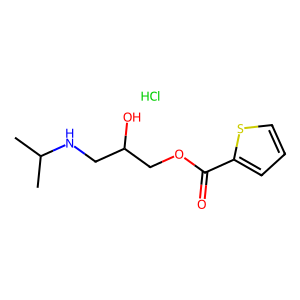
SMILES: CC(C)NCC(O)COC(=O)c1cccs1.Cl
Inhibits HIV replication: No